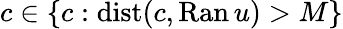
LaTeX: c\in\{ c:\mathrm{dist}(c,\mathrm{Ran}\, u)>M\}